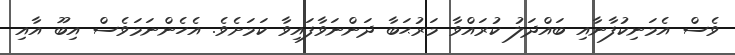
ވެސް އެމަނިކުފާނާއި ބައްދަލު ކުރައްވާ މަރުޙަބާ ދަންނަވާފައިވާ ކަމަށެވެ. އެހެންނަމަވެސް އިބޫ އާއި